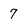
Character: 7